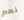
نعم